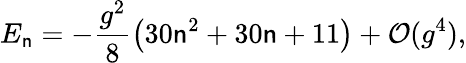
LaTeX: E_{\mathsf{n}}=-\frac{{g^{2}}}{{8}}\left(30\mathsf{n}^{2}+30\mathsf{n}+11\right)+\mathcal{{O}}(g^{4}),